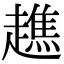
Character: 趭